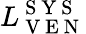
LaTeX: L_{\mathrm{~V~E~N~}}^{\mathrm{~S~Y~S~}}